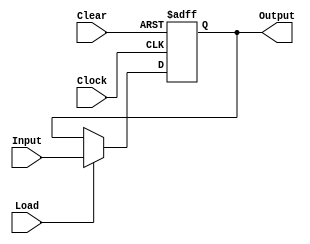
module Register #(parameter width = 8)(
	input Clock, Clear,
	input Load,
	input [width-1:0]Input, 
	output reg [width-1:0]Output
);

	always@(posedge Clock , posedge Clear)
	begin
		if (Clear)
			Output<=0;
		else
			begin
				if (Load)
					Output<=Input;
				else
					Output<=Output;
			end
	end
endmodule